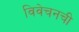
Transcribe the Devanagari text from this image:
विवेचनची